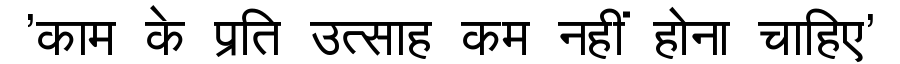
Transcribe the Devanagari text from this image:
'काम के प्रति उत्साह कम नहीं होना चाहिए'